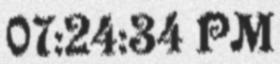
07:24:34 PM